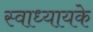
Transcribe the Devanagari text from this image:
स्‍वाध्‍यायके